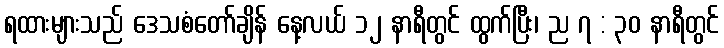
ရထားများသည် ဒေသစံတော်ချိန် နေ့လယ် ၁၂ နာရီတွင် ထွက်ပြီး၊ ည ၇ : ၃၀ နာရီတွင်